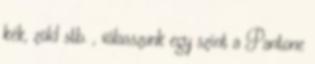
kék, zöld stb. , válasszunk egy színt a Pantone